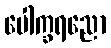
ပေါက္ခရညော